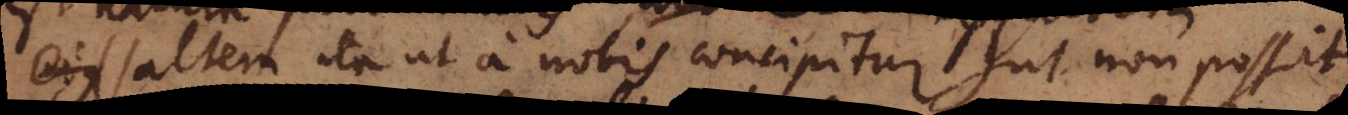
saltem ita ut a nobis concipitur ut non possit